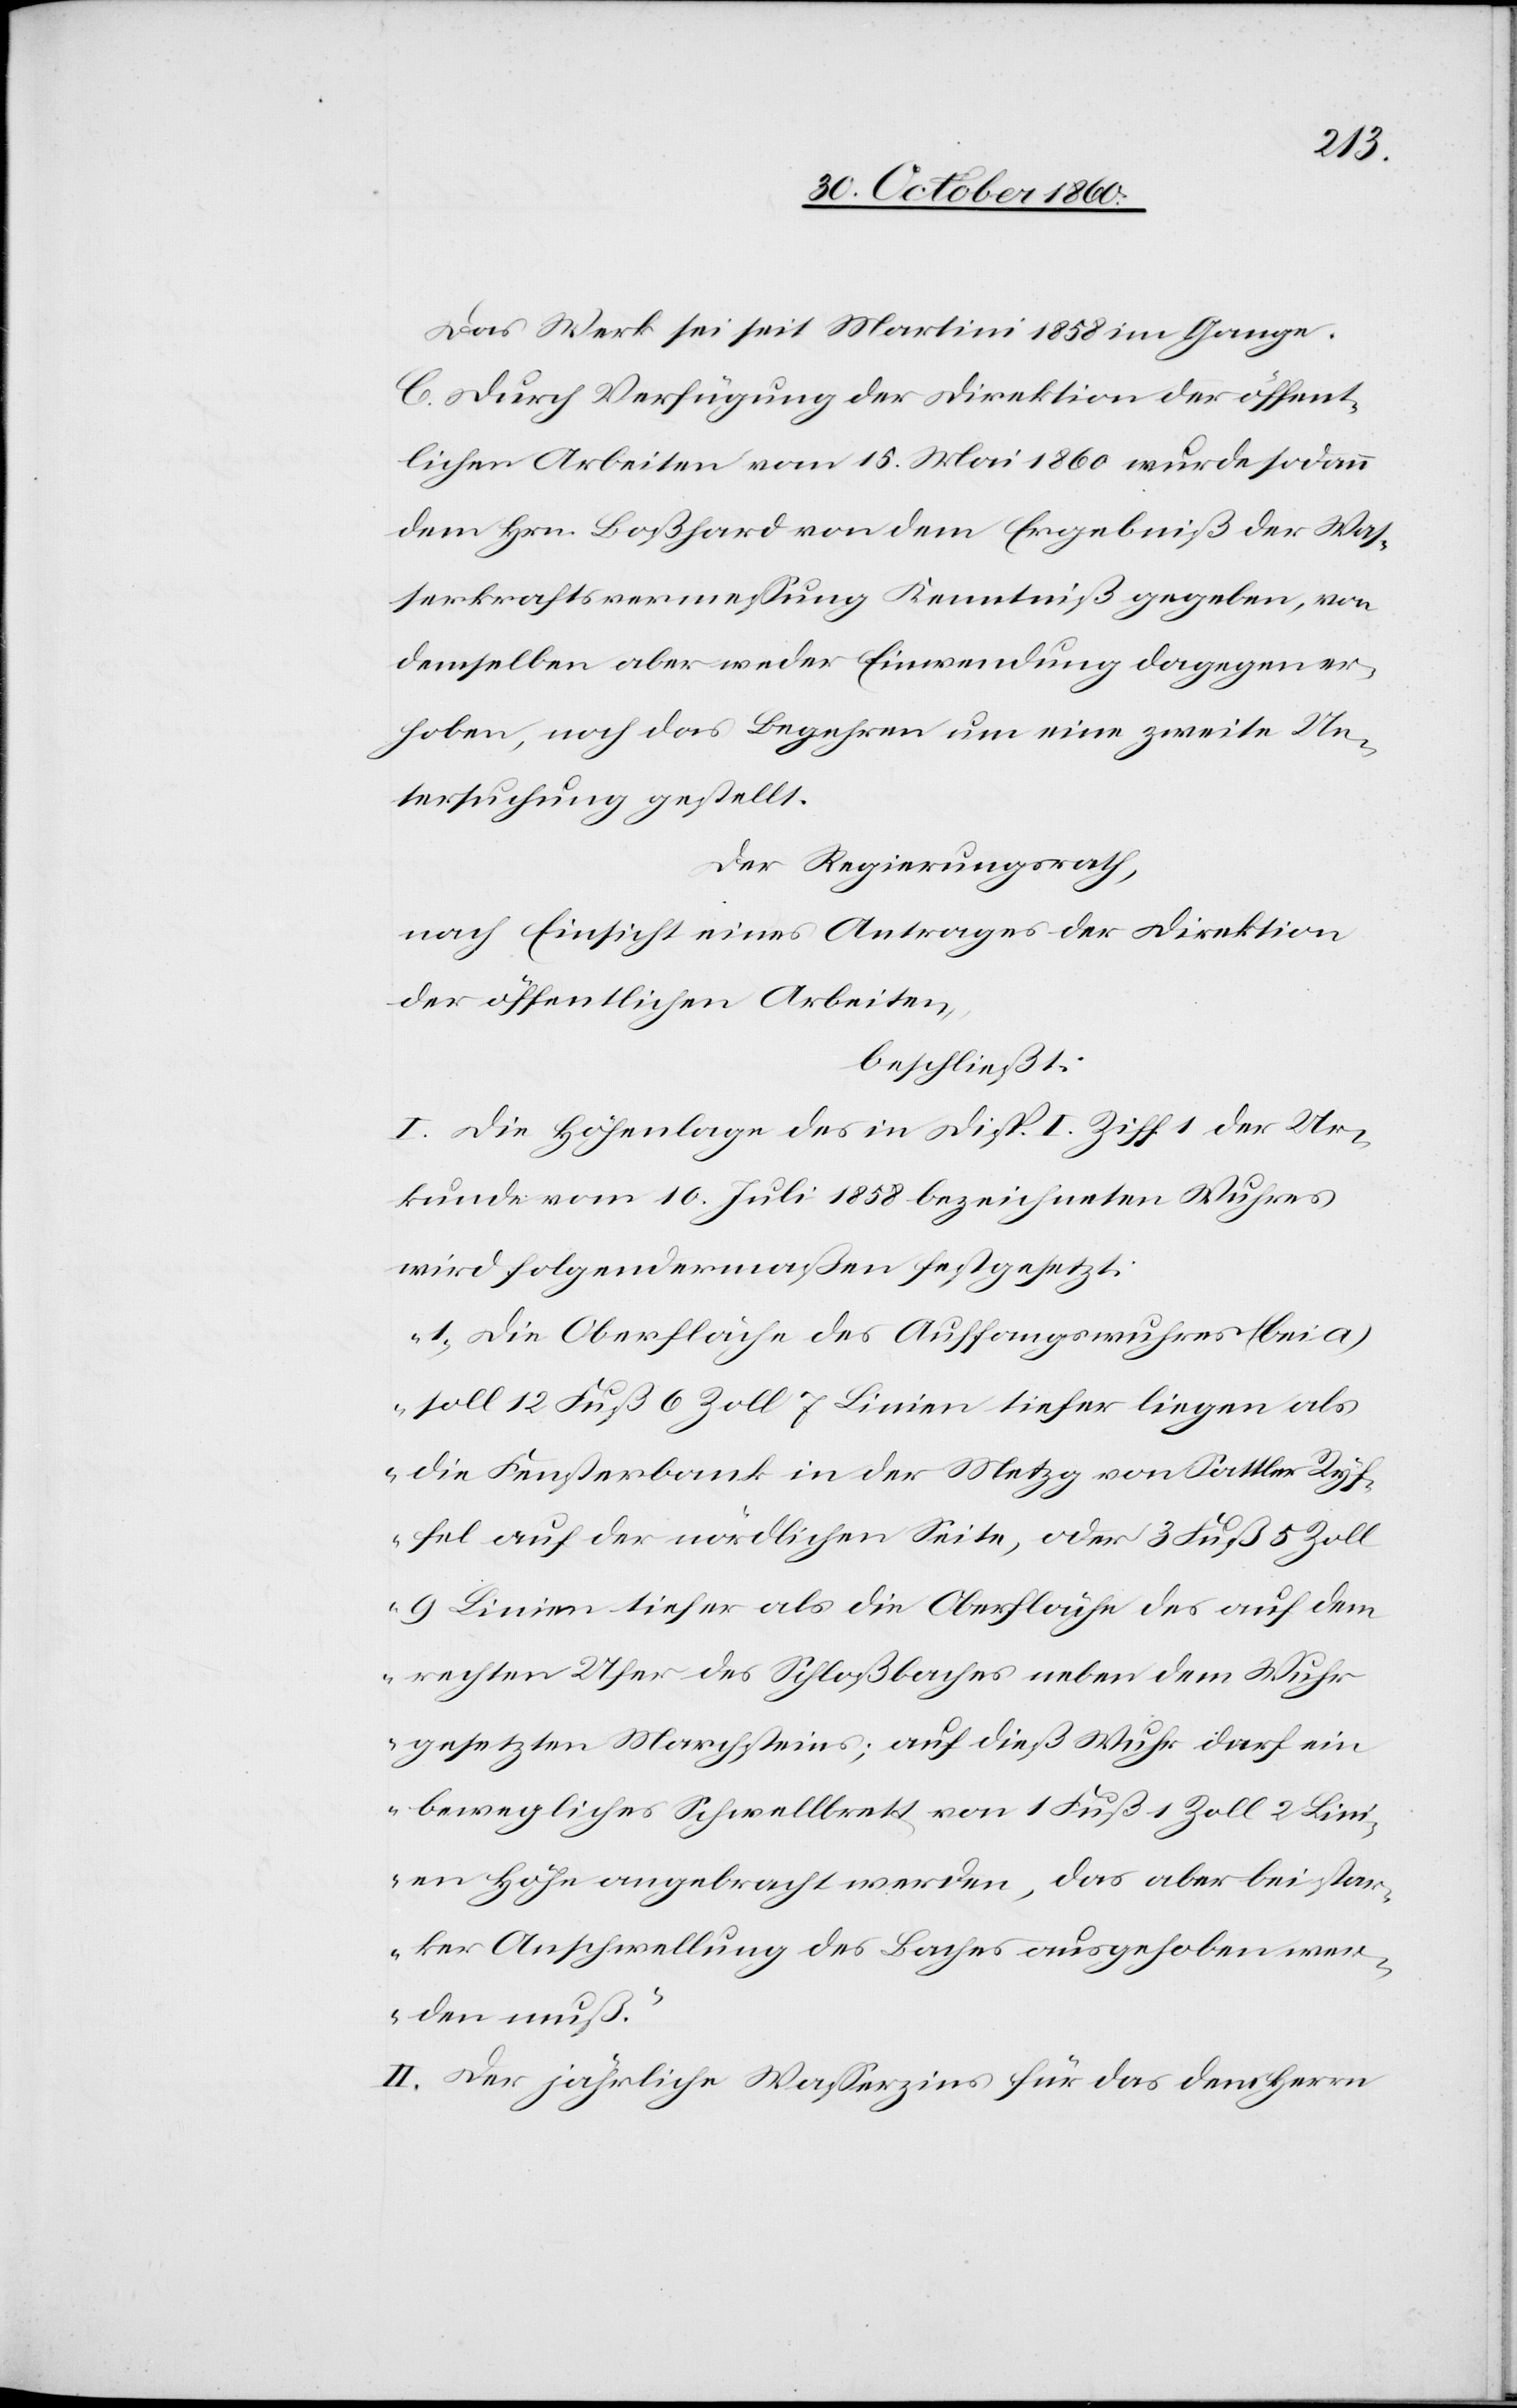
Das Werk sei seit Martini 1858 im Gange.
C. Durch Verfügung der Direktion der öffent¬
lichen Arbeiten vom 15. Mai 1860 wurde sodann
dem Hrn. Boßhard von dem Ergebniß der Was¬
serkraftsvermessung Kenntniß gegeben, von
demselben aber weder Einwendung dagegen er¬
hoben, noch das Begehren um eine zweite Un¬
tersuchung gestellt.
Der Regierungsrath,
nach Einsicht eines Antrages der Direktion
der öffentlichen Arbeiten,
beschließt:
I. Die Höhenlage des in Disp. I Ziff 1 der Ur¬
kunde vom 10. Juli 1858 bezeichneten Wuhres
wird folgendermaßen festgesetzt:
„1. Die Oberfläche des Auffangswuhres (bei a)
soll 12 Fuß 6 Zoll 7 Linien tiefer liegen als
die Fensterbank in der Metzg von Sattler Ryf¬
fel auf der nördlichen Seite, oder 3 Fuß 5 Zoll
9 Linien tiefer als die Oberfläche des auf dem
rechten Ufer des Schloßbaches neben dem Wuhr
gesetzten Marchsteines; auf dieß Wuhr darf ein
bewegliches Schwellbrett von 1 Fuß 1 Zoll 2 Lini¬
en Höhe angebracht werden, das aber bei star¬
ker Anschwellung des Baches ausgehoben wer¬
den muß“
II. Der jährliche Wasserzins für das dem Herrn